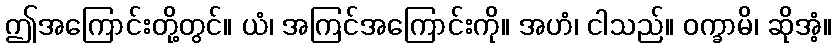
ဤအကြောင်းတို့တွင်။ ယံ၊ အကြင်အကြောင်းကို။ အဟံ၊ ငါသည်။ ဝက္ခာမိ၊ ဆိုအံ့။